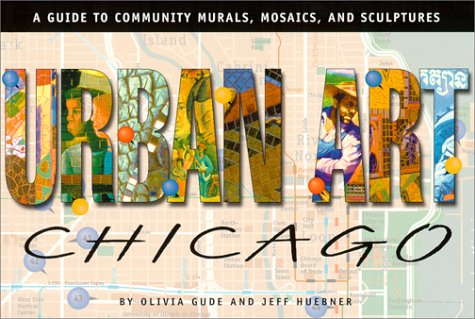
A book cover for Urban Art Chicago: A Guide to Community Murals, Mosaics, and Sculptures; Olivia Gude; Travel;